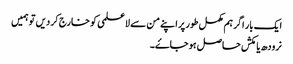
ایک بار اگر ہم مکمل طور پر اپنے من سے لاعلمی کو خارج کر دیں تو ہمیں
نرودھ یا مکش حاصل ہو جاۓ۔